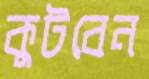
কুটবেন